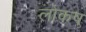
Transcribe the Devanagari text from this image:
लोकष